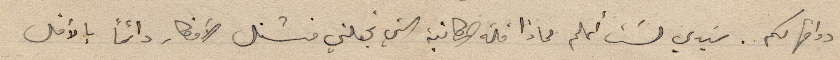
دوامها لكم. سَيدي لَست أعلم لماذا قلة المكاتبة التي تجعلني منشغل الأفكار دائماً بالأقل